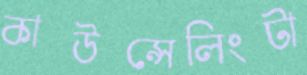
কাউন্সেলিংটা